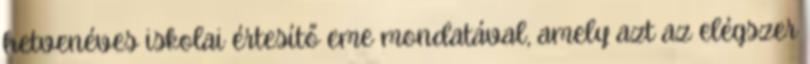
hetvenéves iskolai értesítő eme mondatával, amely azt az elégszer